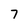
Character: 7